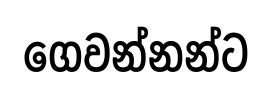
ගෙවන්නන්ට